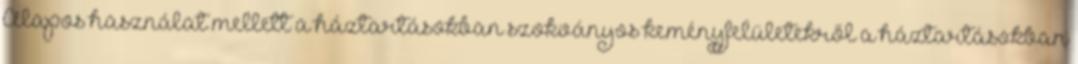
Alapos használat mellett a háztartásokban szokványos keményfelületekről a háztartásokban